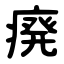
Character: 㾱